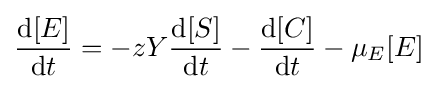
{\frac {{\text{d}}[E]}{{\text{d}}t}}=-zY{\frac {{\text{d}}[S]}{{\text{d}}t}}-{\frac {{\text{d}}[C]}{{\text{d}}t}}-\mu _{E}[E]